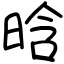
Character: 晗